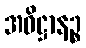
အဓိဋ္ဌာနဉ္စ